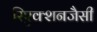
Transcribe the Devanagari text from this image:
रिएक्शनजैसी